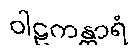
ဝါဠကန္တာရံ